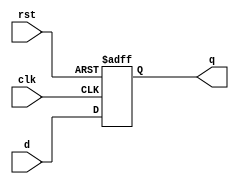

`timescale 1ns/10ps
//------------------------------------------------------------------------------------------
module delay_8bit(d,clk,rst,q);
  input [1:8] d;
  input rst, clk;
  output [1:8] q;
  reg [1:8] q;
  always @(posedge clk or negedge rst)
      begin
        if(!rst) 
           begin
             q <= 8'b0;
           end
        else 
           begin
             q <= d;
           end
      end
endmodule